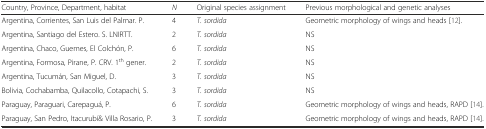
<table><thead><tr><td><b>Country, Province, Department, habitat</b></td><td><b><i>N</i></b></td><td><b>Original species assignment</b></td><td><b>Previous morphological and genetic analyses</b></td></tr></thead><tbody><tr><td>Argentina, Corrientes, San Luis del Palmar. P.</td><td>4</td><td><i>T. sordida</i></td><td>Geometric morphology of wings and heads [12].</td></tr><tr><td>Argentina, Santiago del Estero. S. LNIRTT.</td><td>2</td><td><i>T. sordida</i></td><td>NS</td></tr><tr><td>Argentina, Chaco, Guemes, El Colchón, P.</td><td>6</td><td><i>T. sordida</i></td><td>NS</td></tr><tr><td>Argentina, Formosa, Pirane, P. CRV. 1<sup>th</sup> gener.</td><td>2</td><td><i>T. sordida</i></td><td>NS</td></tr><tr><td>Argentina, Tucumán, San Miguel, D.</td><td>3</td><td><i>T. sordida</i></td><td>NS</td></tr><tr><td>Bolivia, Cochabamba, Quilacollo, Cotapachi, S.</td><td>3</td><td><i>T. sordida</i></td><td>NS</td></tr><tr><td>Paraguay, Paraguari, Carepaguá, P.</td><td>6</td><td><i>T. sordida</i></td><td>Geometric morphology of wings and heads, RAPD [14].</td></tr><tr><td>Paraguay, San Pedro, Itacurubí&amp; Villa Rosario, P.</td><td>3</td><td><i>T. sordida</i></td><td>Geometric morphology of wings and heads, RAPD [14].</td></tr></tbody></table>